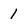
Character: 1